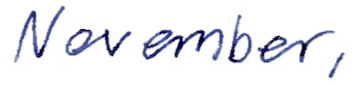
Text: November,
Cross-out: clean
Writing tool: ballpoint